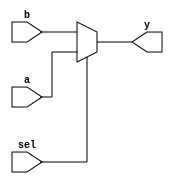
module five_bit_mux(
        output wire    [4:0]  y,              // Output of Multiplexer
        input  wire    [4:0]  a,              // Input 1 of Multiplexer
                              b,              // Input 0 of Multiplexer
        input  wire           sel     // Select Input
   );

   assign y = sel ? a : b;

endmodule // five_bit_mux